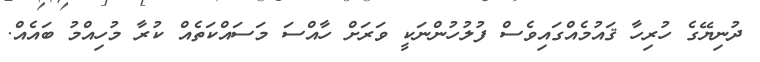
ދުނިޔޭގެ ހުރިހާ ޤައުމެއްގައިވެސް ފުލުހުންނަކީ ވަރަށް ހާއްސަ މަސައްކަތެއް ކުރާ މުހިއްމު ބައެއް.